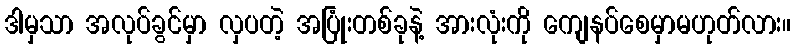
ဒါမှသာ အလုပ်ခွင်မှာ လှပတဲ့ အပြုံးတစ်ခုနဲ့ အားလုံးကို ကျေနပ်စေမှာမဟုတ်လား။